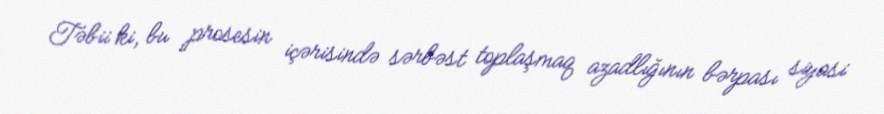
Təbii ki, bu prosesin içərisində sərbəst toplaşmaq azadlığının bərpası siyasi